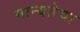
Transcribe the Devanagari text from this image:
मान्यतेचा